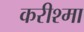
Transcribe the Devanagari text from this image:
करीश्मा